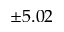
\pm 5 . 0 2